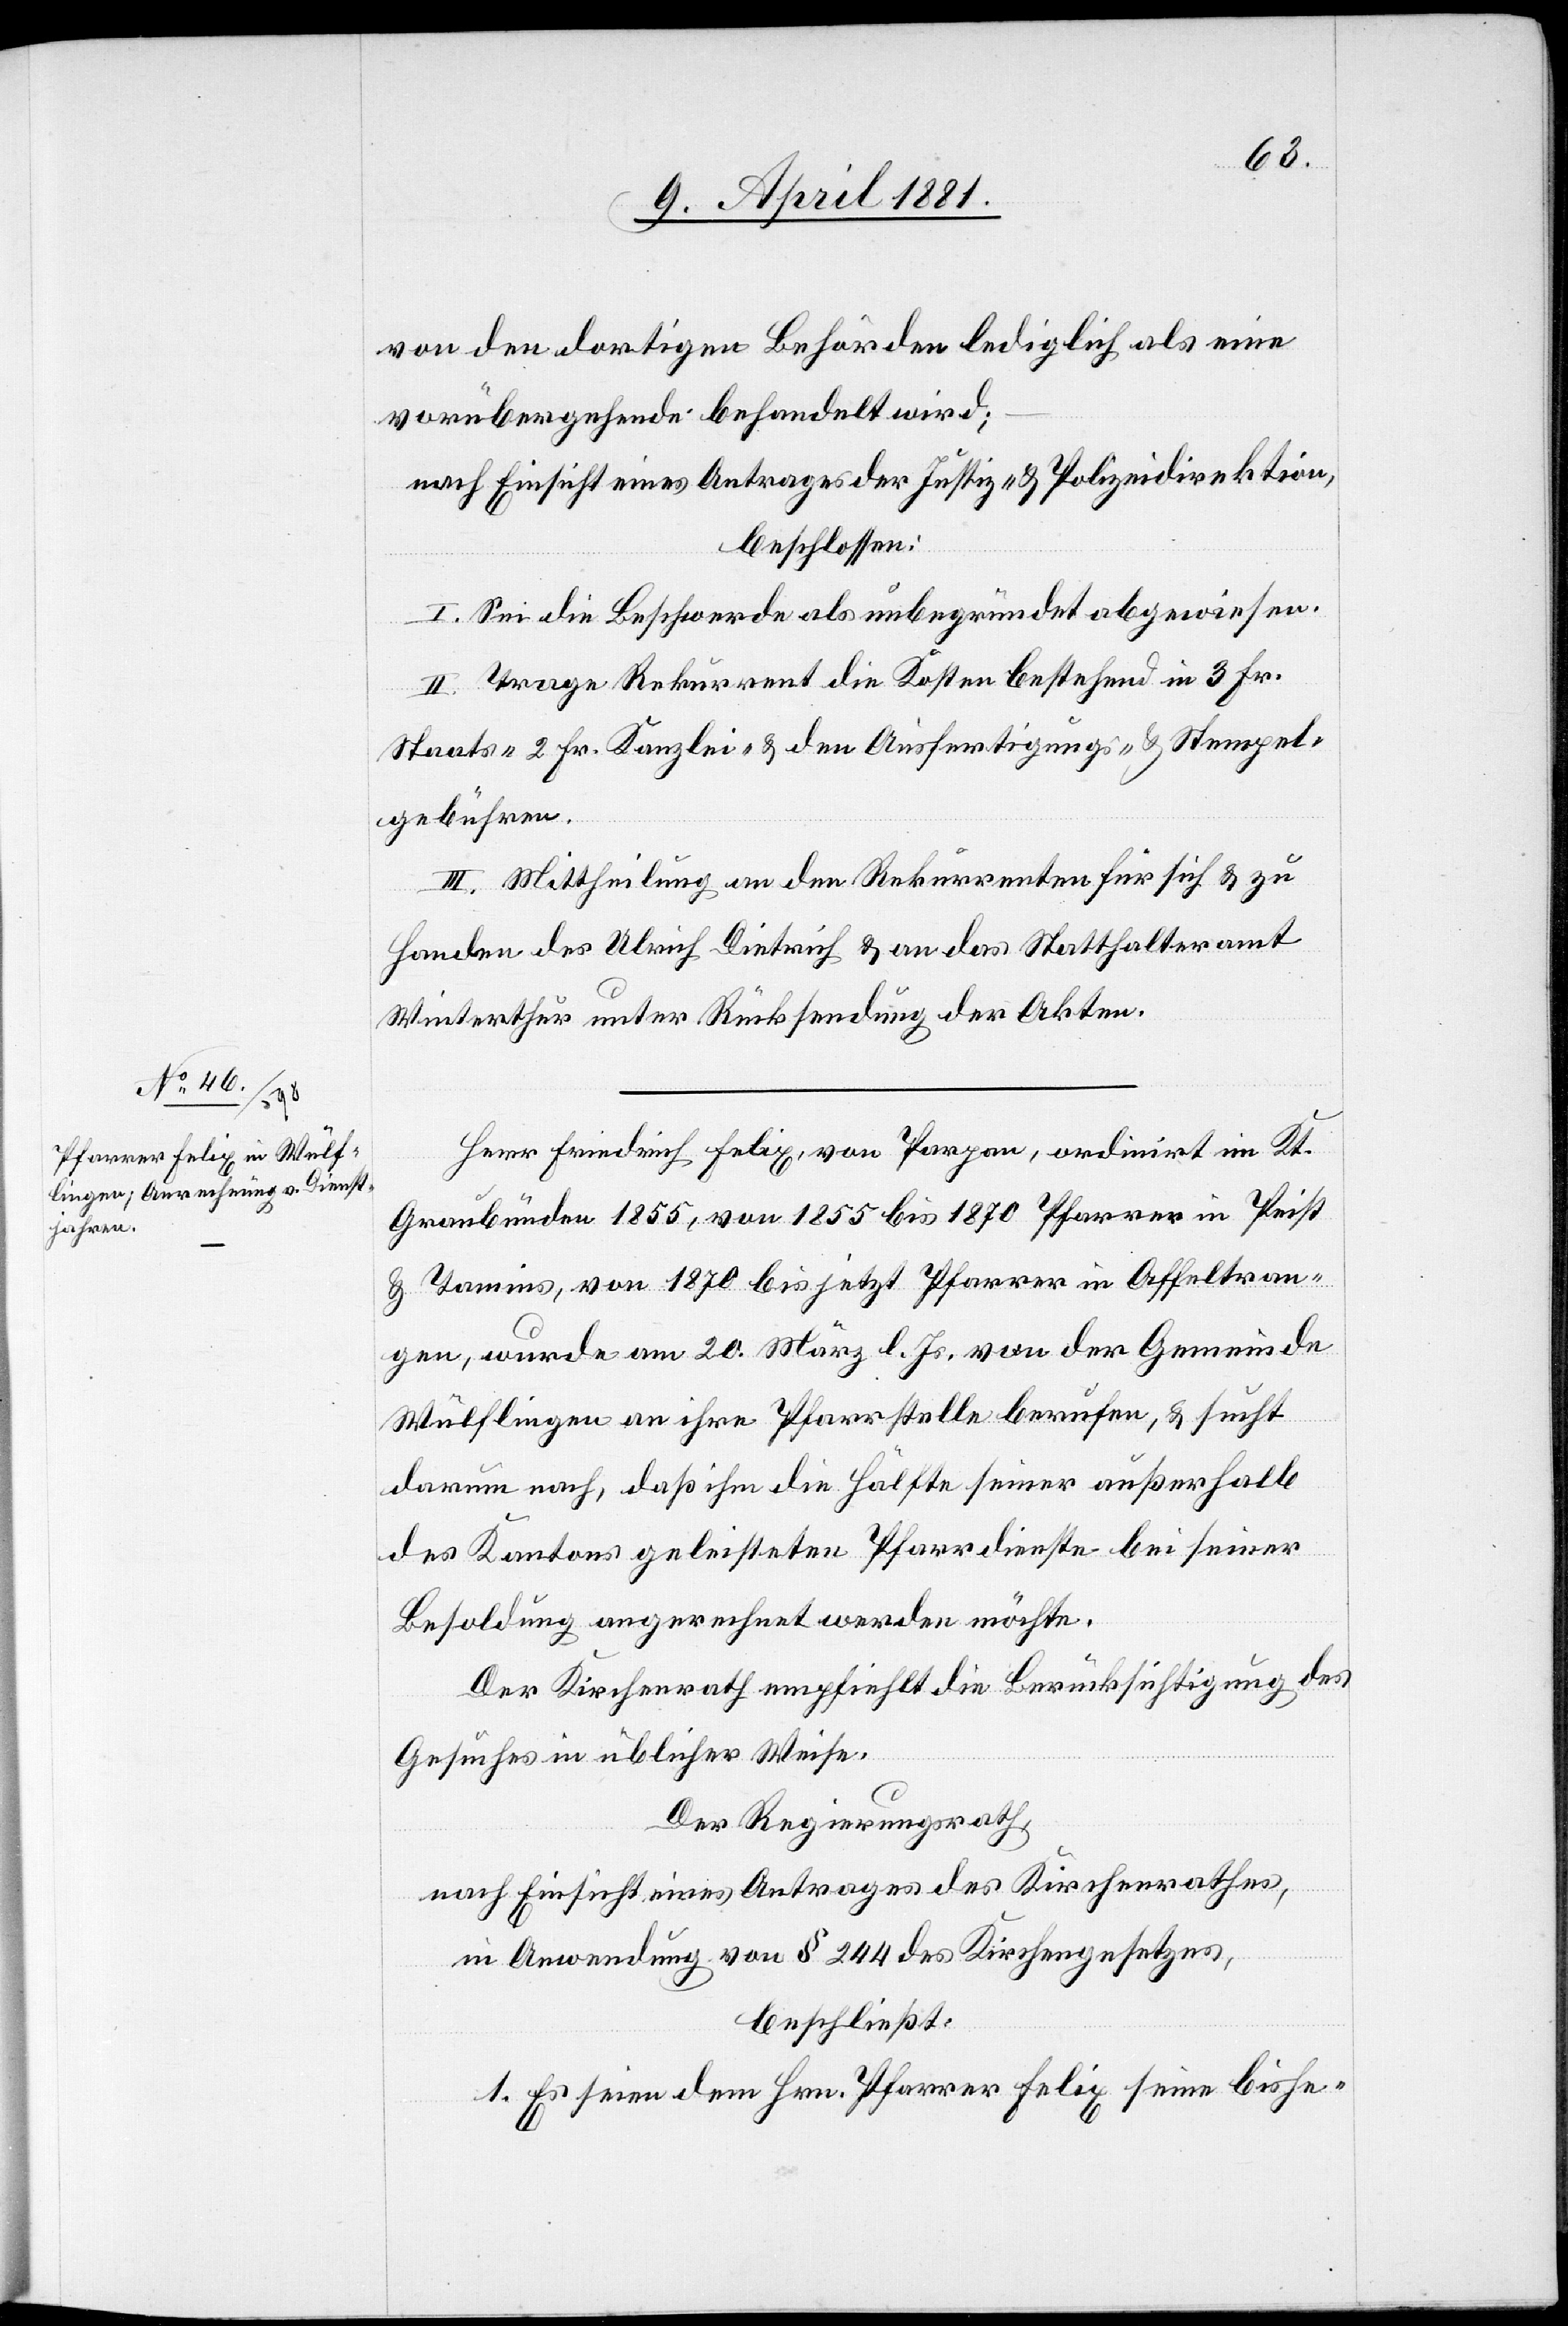
von den dortigen Behörden lediglich als eine
vorübergehende behandelt wird;
nach Einsicht eines Antrages der Justiz- & Polizeidirektion,
beschlossen:
I. Sei die Beschwerde als unbegründet abgewiesen.
II. Trage Rekurrent die Kosten bestehend in 3 Fr.
Staats-[,] 2 Fr. Kanzlei- & den Ausfertigungs- & Stempel¬
gebühren.
III. Mittheilung an den Rekurrenten für sich & zu
Handen des Ulrich Dietrich & an das Statthalteramt
Winterthur unter Rücksendung der Akten.
Herr Friedrich Felix, von Parpan, ordinirt im Kt.
Graubünden 1855, von 1855 bis 1870 Pfarrer in Peist
& Tamins, von 1870 bis jetzt Pfarrer in Affeltran¬
gen, wurde am 20. März l. Js. von der Gemeinde
Wülflingen an ihre Pfarrstelle berufen, & sucht
darum nach, daß ihm die Hälfte seiner außerhalb
des Kantons geleisteten Pfarrdienste bei seiner
Besoldung angerechnet werden möchte.
Der Kirchenrath empfiehlt die Berücksichtigung des
Gesuches in üblicher Weise.
Der Regierungsrath,
nach Einsicht eines Antrages des Kirchenrathes,
in Anwendung von § 244 des Kirchengesetzes,
beschließt:
1. Es seien dem Hrn. Pfarrer Felix seine bishe-